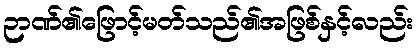
ဉာဏ်၏ဖြောင့်မတ်သည်၏အဖြစ်နှင့်လည်း